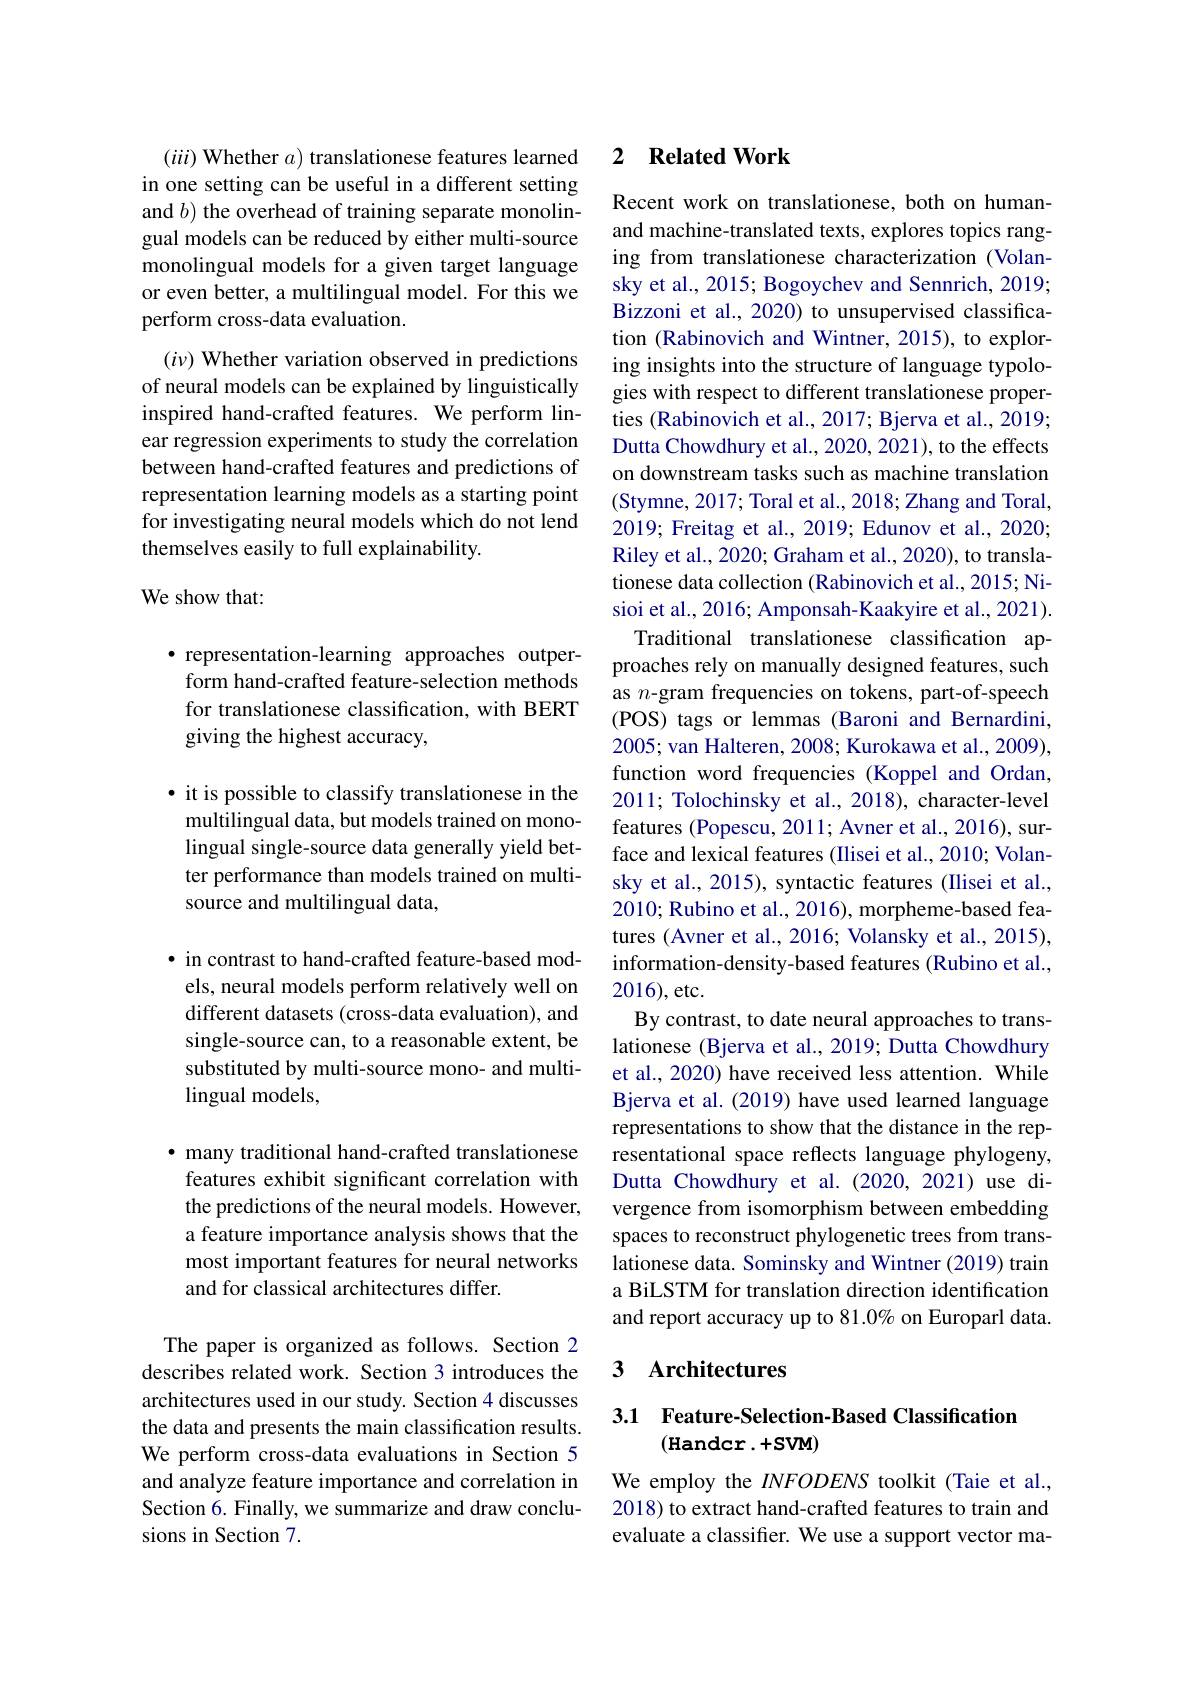
$(iii)$ Whether $a)$ translationese features learned in one setting can be useful in a different setting and $b)$ the overhead of training separate monolingual models can be reduced by either multi-source monolingual models for a given target language or even better, a multilingual model. For this we perform cross-data evaluation.
$(i\nu)$ Whether variation observed in predictions of neural models can be explained by linguistically inspired hand-crafted features. We perform linear regression experiments to study the correlation between hand-crafted features and predictions of representation learning models as a starting point for investigating neural models which do not lend themselves easily to full explainability.

## We show that:

·representation-learning approaches outperform hand-crafted feature-selection methods for translationese classification, with BERT giving the highest accuracy,

$\bullet$ it is possible to classify translationese in the multilingual data, but models trained on monolingual single-source data generally yield better performance than models trained on multisource and multilingual data,

· in contrast to hand-crafted feature-based models, neural models perform relatively well on different datasets (cross-data evaluation), and single-source can, to a reasonable extent, be substituted by multi-source mono- and multilingual models,

· many traditional hand-crafted translationese features exhibit significant correlation with the predictions of the neural models. However, a feature importance analysis shows that the most important features for neural networks and for classical architectures differ.

The paper is organized as follows. Section 2 describes related work. Section 3 introduces the architectures used in our study. Section 4 discusses the data and presents the main classification results. We perform cross-data evaluations in Section 5 and analyze feature importance and correlation in Section 6. Finally, we summarize and draw conclusions in Section 7.

### 2 $\textbf{Related Work}$

Recent work on translationese, both on humanand machine-translated texts, explores topics ranging from translationese characterization (Volansky et al., 2015; Bogoychev and Sennrich, 2019; Bizzoni et al., 2020) to unsupervised classification (Rabinovich and Wintner, 2015), to exploring insights into the structure of language typologies with respect to different translationese properties (Rabinovich et al., 2017; Bjerva et al., 2019; Dutta Chowdhury et al., 2020, 2021), to the effects on downstream tasks such as machine translation (Stymne, 2017; Toral et al., 2018; Zhang and Toral, 2019; Freitag et al., 2019; Edunov et al., 2020; Riley et al., 2020; Graham et al., 2020), to translationese data collection (Rabinovich et al., 2015; Nisioi et al., 2016; Amponsah-Kaakyire et al., 2021).
Traditional translationese classification approaches rely on manually designed features, such as $n$-gram frequencies on tokens, part-of-speech (POS) tags or lemmas (Baroni and Bernardini, 2005; van Halteren, 2008; Kurokawa et al., 2009), function word frequencies (Koppel and Ordan, 2011; Tolochinsky et al., 2018), character-level features (Popescu, 2011; Avner et al., 2016), surface and lexical features (Ilisei et al., 2010; Volansky et al., 2015), syntactic features (Ilisei et al., 2010; Rubino et al., 2016), morpheme-based features (Avner et al., 2016; Volansky et al., 2015), information-density-based features (Rubino et al., 2016), etc.
By contrast, to date neural approaches to translationese (Bjerva et al., 2019; Dutta Chowdhury et al., 2020) have received less attention. While Bjerva et al. (2019) have used learned language representations to show that the distance in the representational space reflects language phylogeny, Dutta Chowdhury et al.(2020,2021) use divergence from isomorphism between embedding spaces to reconstruct phylogenetic trees from translationese data. Sominsky and Wintner (2019) train a BiLSTM for translation direction identification and report accuracy up to 81.0% on Europarl data.

### 3 $\textbf{Architectures}$

## 3.1 Feature-Selection-Based Classification (Handcr.+SVM)

We employ the INFODENS toolkit (Taie et al., 2018) to extract hand-crafted features to train and evaluate a classifier. We use a support vector ma-